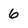
Character: 6